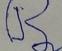
Signature authenticity: forged